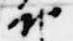
納